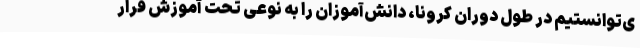
ی‌توانستیم در طول دوران کرونا، دانش‌آموزان را به نوعی تحت آموزش قرار